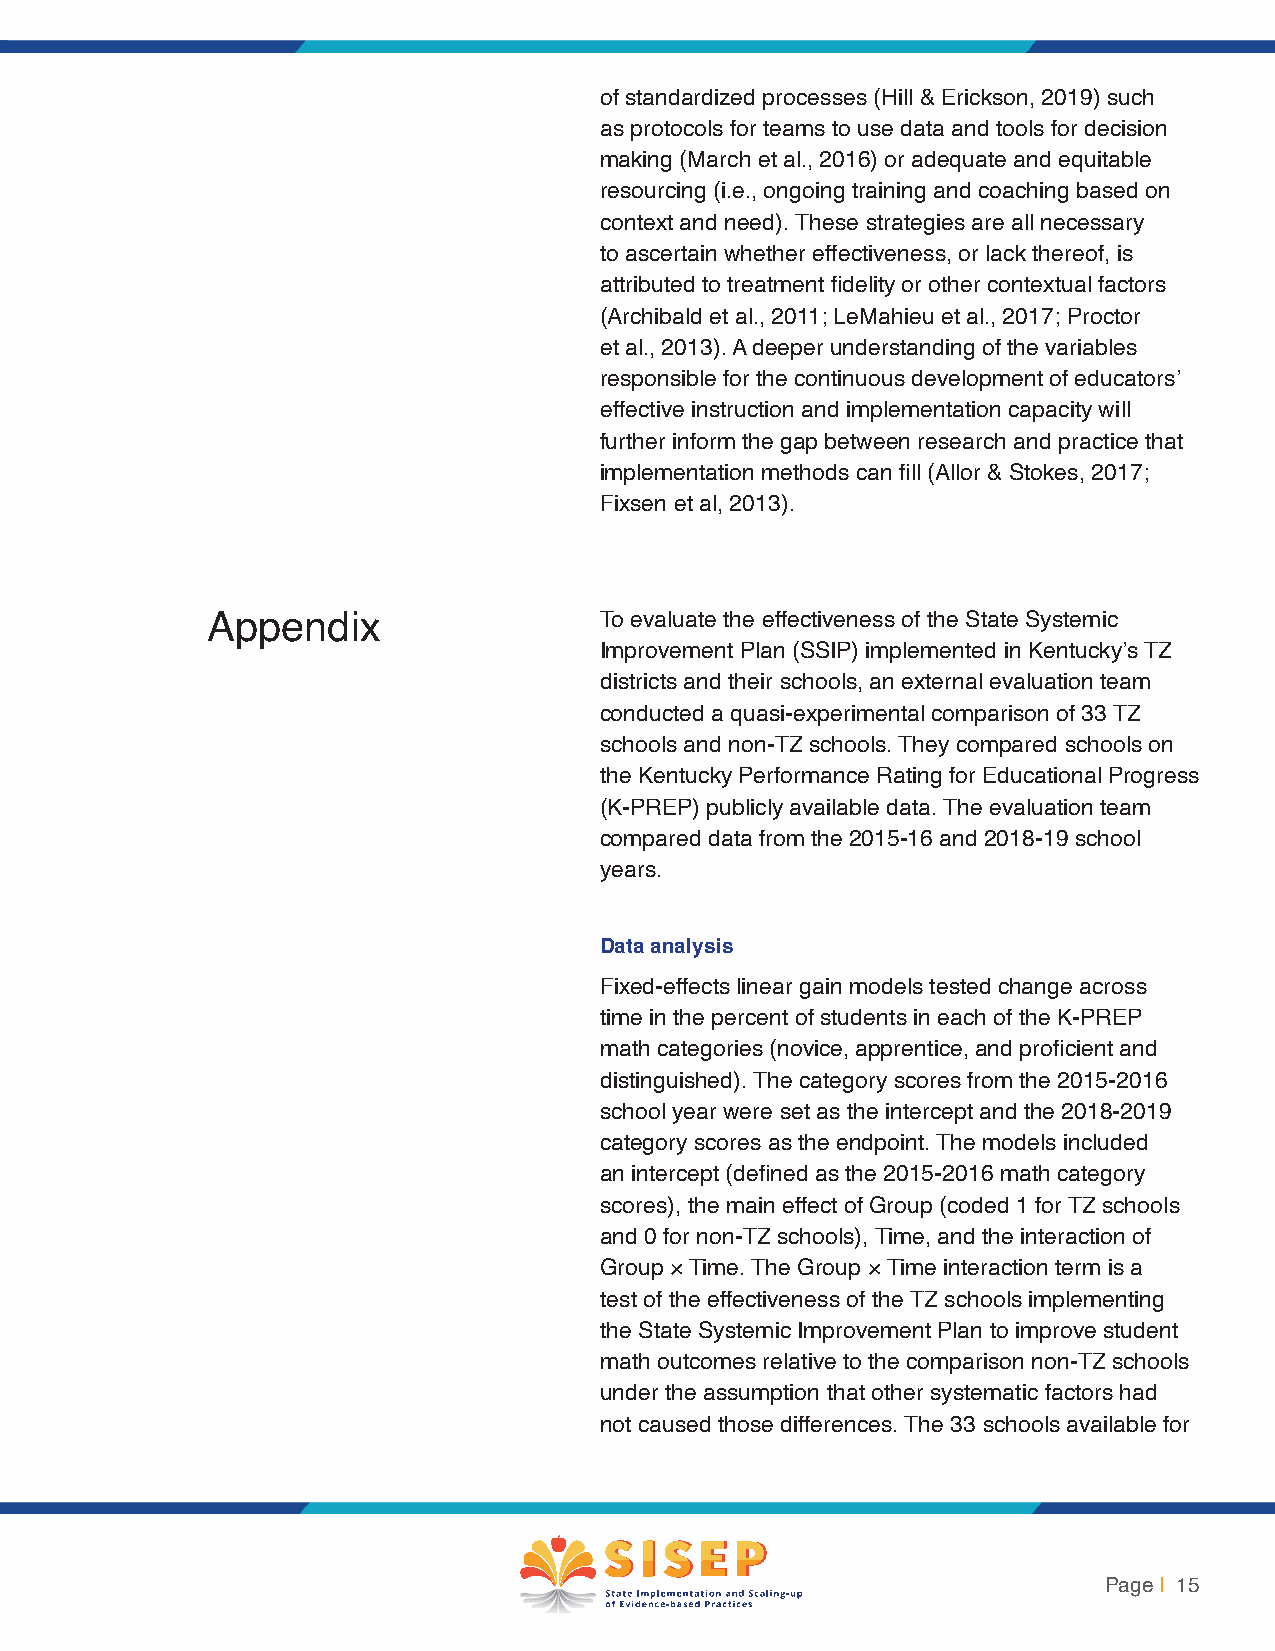
of standardized processes (Hill & Erickson, 2019) such
 as protocols for teams to use data and tools for decision
 making (March et al., 2016) or adequate and equitable
 resourcing (i.e., ongoing training and coaching based on
 context and need). These strategies are all necessary
 to ascertain whether effectiveness, or lack thereof, is
 attributed to treatment fidelity or other contextual factors
 (Archibald et al., 2011; LeMahieu et al., 2017; Proctor
 et al., 2013). A deeper understanding of the variables
 responsible for the continuous development of educators’
 effective instruction and implementation capacity will
 further inform the gap between research and practice that
 implementation methods can fill (Allor & Stokes, 2017;
 Fixsen et al, 2013).
 Appendix                  To evaluate the effectiveness of the State Systemic
 Improvement Plan (SSIP) implemented in Kentucky’s TZ
 districts and their schools, an external evaluation team
 conducted a quasi-experimental comparison of 33 TZ
 schools and non-TZ schools. They compared schools on
 the Kentucky Performance Rating for Educational Progress
 (K-PREP) publicly available data. The evaluation team
 compared data from the 2015-16 and 2018-19 school
 years.
 Data analysis
 Fixed-effects linear gain models tested change across
 time in the percent of students in each of the K-PREP
 math categories (novice, apprentice, and proficient and
 distinguished). The category scores from the 2015-2016
 school year were set as the intercept and the 2018-2019
 category scores as the endpoint. The models included
 an intercept (defined as the 2015-2016 math category
 scores), the main effect of Group (coded 1 for TZ schools
 and 0 for non-TZ schools), Time, and the interaction of
 Group × Time. The Group × Time interaction term is a
 test of the effectiveness of the TZ schools implementing
 the State Systemic Improvement Plan to improve student
 math outcomes relative to the comparison non-TZ schools
 under the assumption that other systematic factors had
 not caused those differences. The 33 schools available for
 Page | 15